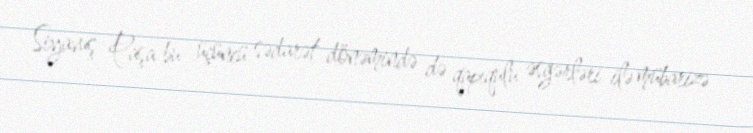
Siyavuş Paşa bu üçüncü sədarət dönəmində də qapıqulu əsgərləri ilə mübarizə